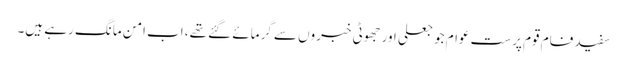
سفید فام قوم پرست عوام جو جعلی اور جھوٹی خبروں سے گرمائے گئے تھے، اب امن مانگ رہے ہیں۔